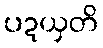
ပဍယှတိ